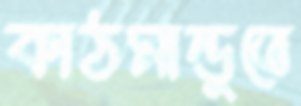
কাঠমান্ডুতে